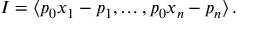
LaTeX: I = \left\langle p _ { 0 } x _ { 1 } - p _ { 1 } , \ldots , p _ { 0 } x _ { n } - p _ { n } \right\rangle .